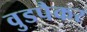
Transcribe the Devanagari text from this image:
वुडपैकर